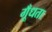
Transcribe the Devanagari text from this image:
गूँधता